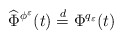
\begin{align*}\widehat \Phi^{\phi^\varepsilon}(t) \overset{ d} {= } \Phi^{q_\varepsilon}(t)\end{align*}